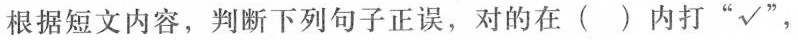
根据短文内容,判断下列句子正误,对的在( )内打"√",